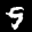
Label: 9